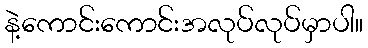
နဲ့ကောင်းကောင်းအလုပ်လုပ်မှာပါ။